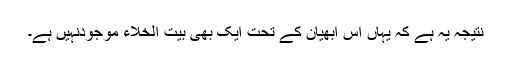
نتیجہ یہ ہے کہ یہاں اس ابھیان کے تحت ایک بھی بیت الخلاء موجودنہیں ہے۔